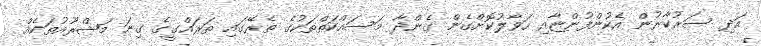
އަދި ސަރުކާރުން އެެކުންފުންޏާއި ހަވާލުކޮށްގެން ގެންދާ މަސައްކަތްތަކުގެ ތެރޭގައި ތަރައްގީގެ ގިނަ މަޝްރޫއުތަކެއް